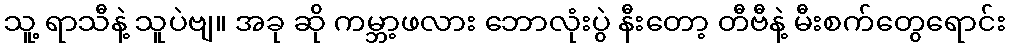
သူ့ ရာသီနဲ့ သူပဲဗျ။ အခု ဆို ကမ္ဘာ့ဖလား ဘောလုံးပွဲ နီးတော့ တီဗီနဲ့ မီးစက်တွေရောင်း